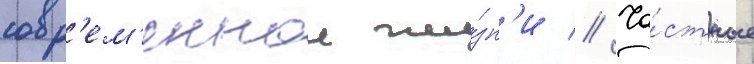
совр'ем'еннои жи́зн'и // Ча́стные